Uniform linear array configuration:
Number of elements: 32
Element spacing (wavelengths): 0.25
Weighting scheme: binomial
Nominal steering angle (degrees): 15
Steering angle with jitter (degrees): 13.333
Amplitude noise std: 0.05
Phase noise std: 0.05

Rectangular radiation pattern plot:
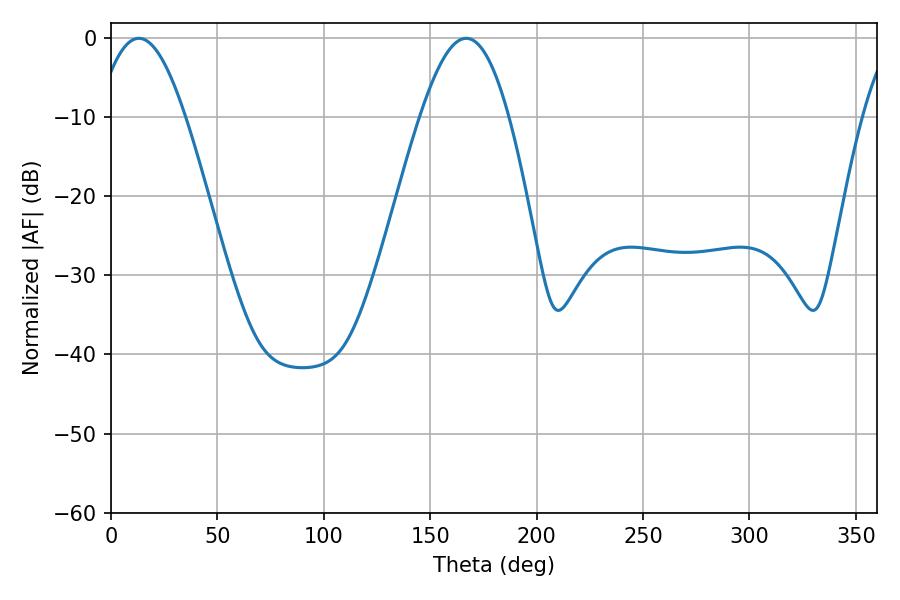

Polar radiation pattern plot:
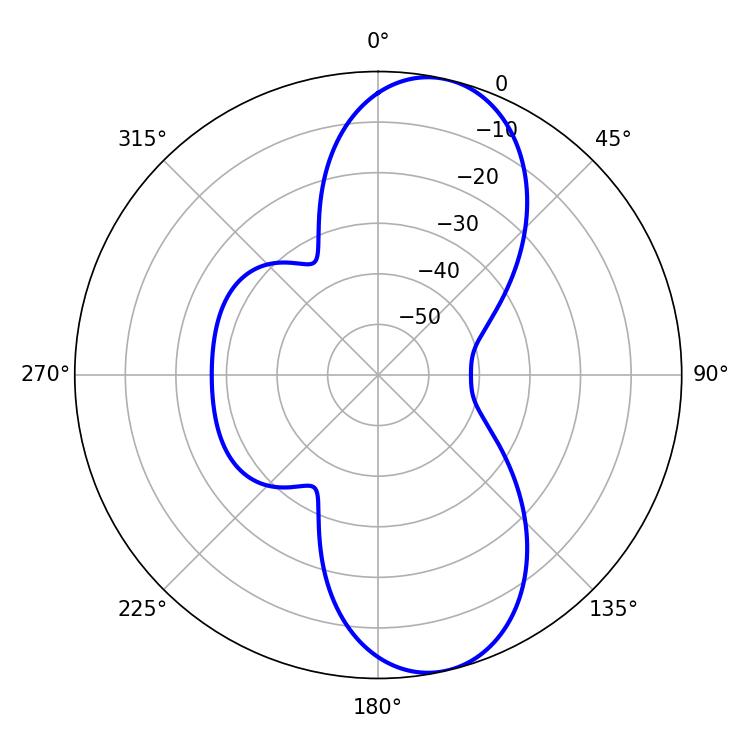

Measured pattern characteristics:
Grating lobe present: FALSE
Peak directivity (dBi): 10.078
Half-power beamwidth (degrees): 22.5
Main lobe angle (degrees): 13.14